65_HS1-834228961_62-HQ-83894_Section_6
Agency: FBI
Page 245
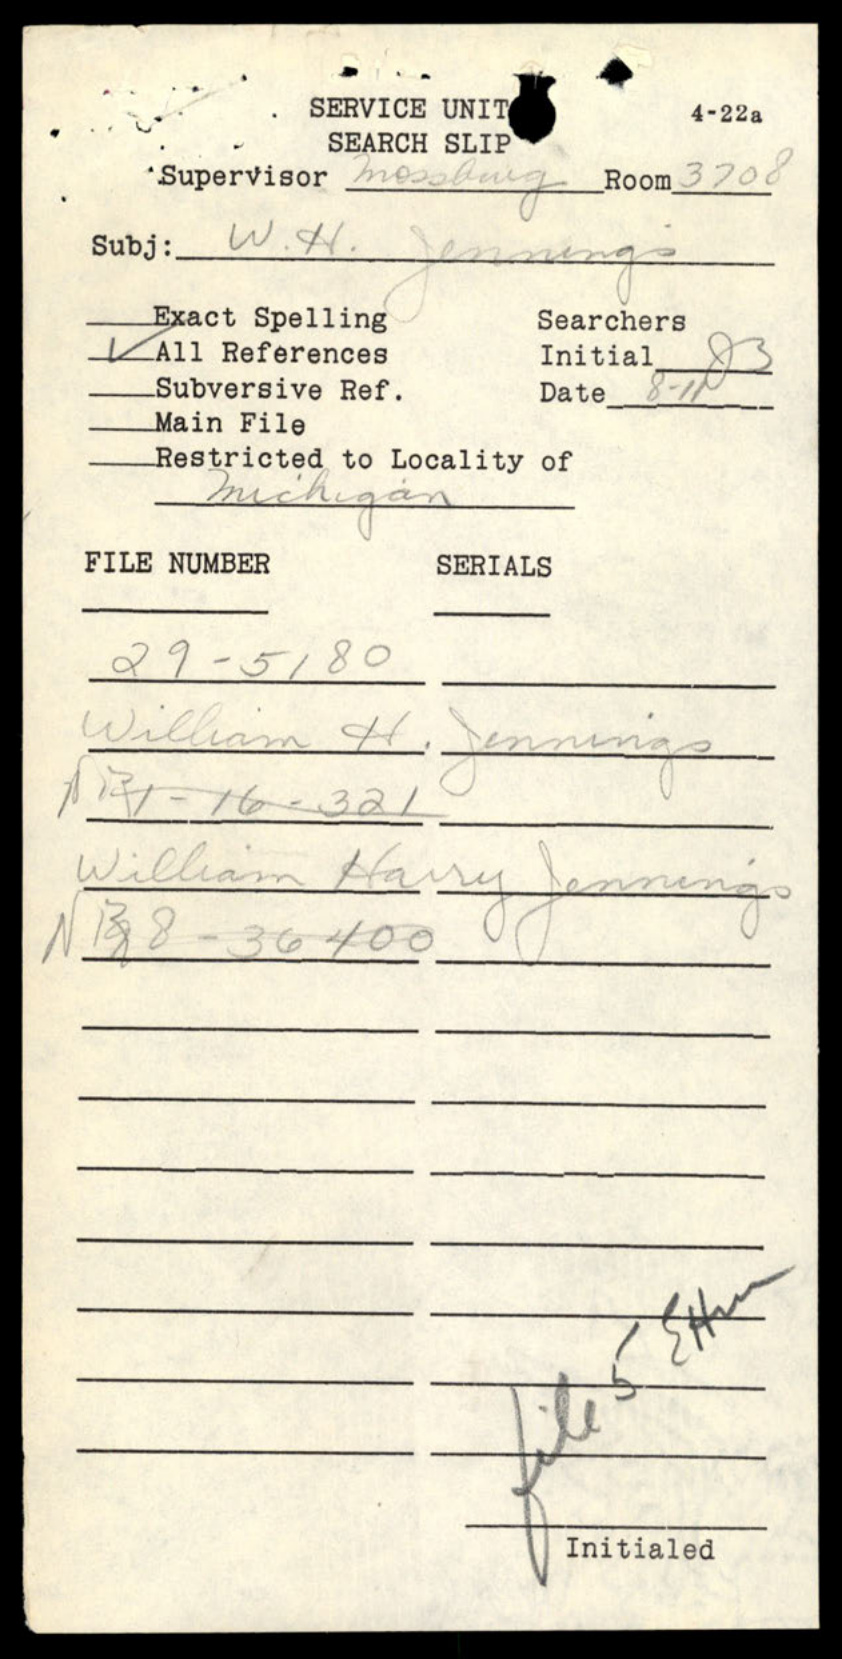